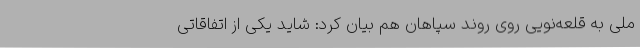
ملی به قلعه‌نویی روی روند سپاهان هم بیان کرد: شاید یکی از اتفاقاتی